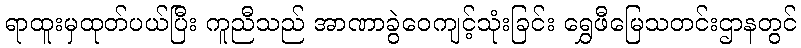
ရာထူးမှထုတ်ပယ်ပြီး ကူညီသည် အာဏာခွဲဝေကျင့်သုံးခြင်း ရွှေဖီမြေသတင်းဌာနတွင်